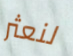
لنعثر